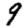
Digit: 9